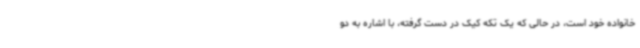
خانواده خود است، در حالی که یک تکه کیک در دست گرفته، با اشاره به دو